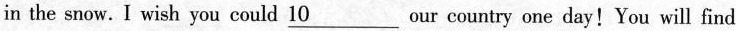
in the snow.I wish you could \underline{10} our country one day!You will find